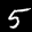
Label: 5